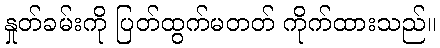
နှုတ်ခမ်းကို ပြတ်ထွက်မတတ် ကိုက်ထားသည်။